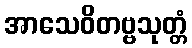
အာသေဝိတဗ္ဗသုတ္တံ